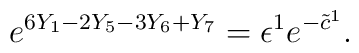
e^{6Y_1-2Y_5-3Y_6+Y_7}=\epsilon^1e^{-\tilde{c}^1}.